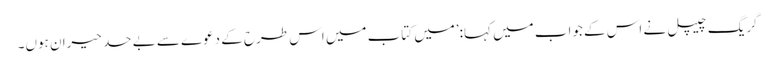
گریگ چیپل نے اس کے جواب میں کہا:’میں کتاب میں اس طرح کے دعوے سے بے حد حیران ہوں۔